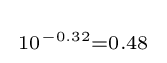
{\begin{smallmatrix}10^{-0.32}=0.48\end{smallmatrix}}